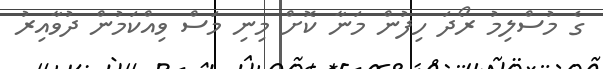
ގެ މުސްލިމު ރޯދަ ހިފުން މަނާ ކޮށް މިނި މަސް ވިއްކަމުން ދުވާއިރު